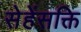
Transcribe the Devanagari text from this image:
सेहेंसक्ति